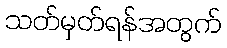
သတ်မှတ်ရန်အတွက်